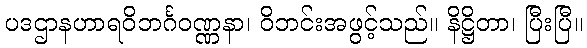
ပဒဌာနဟာရဝိဘင်္ဂဝဏ္ဏနာ၊ ဝိဘင်းအဖွင့်သည်။ နိဋ္ဌိတာ၊ ပြီးပြီ။